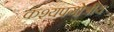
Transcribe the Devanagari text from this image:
कश्यपगोत्रीय